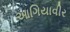
આગિયાવીર